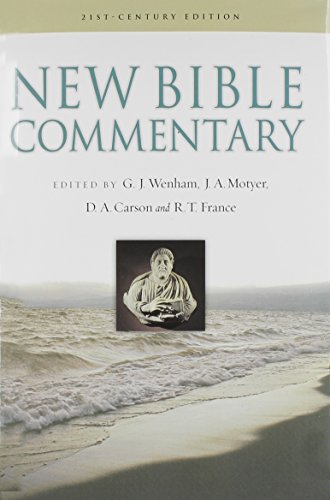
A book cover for New Bible Commentary; Christian Books & Bibles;